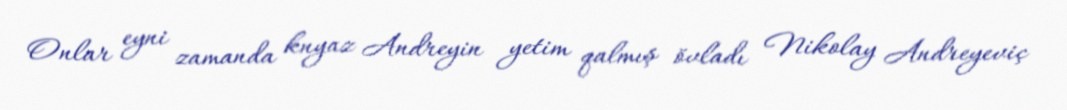
Onlar eyni zamanda knyaz Andreyin yetim qalmış övladı Nikolay Andreyeviç